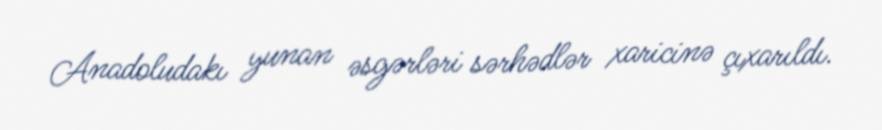
Anadoludakı yunan əsgərləri sərhədlər xaricinə çıxarıldı.